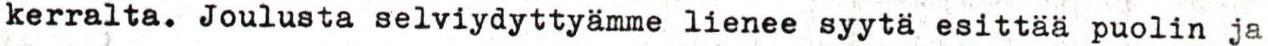
kerralta. Joulusta selviydyttyämme lienee syytä esittää puolin ja